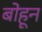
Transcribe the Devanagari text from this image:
बोहून